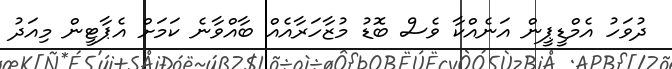
ދުވަހު އެމްޑީޕީން އަނެއްކާ ވެސް ބޮޑު މުޒާހަރާއެއް ބާއްވާނެ ކަަމަށް އެޕާޓީން މިއަދު